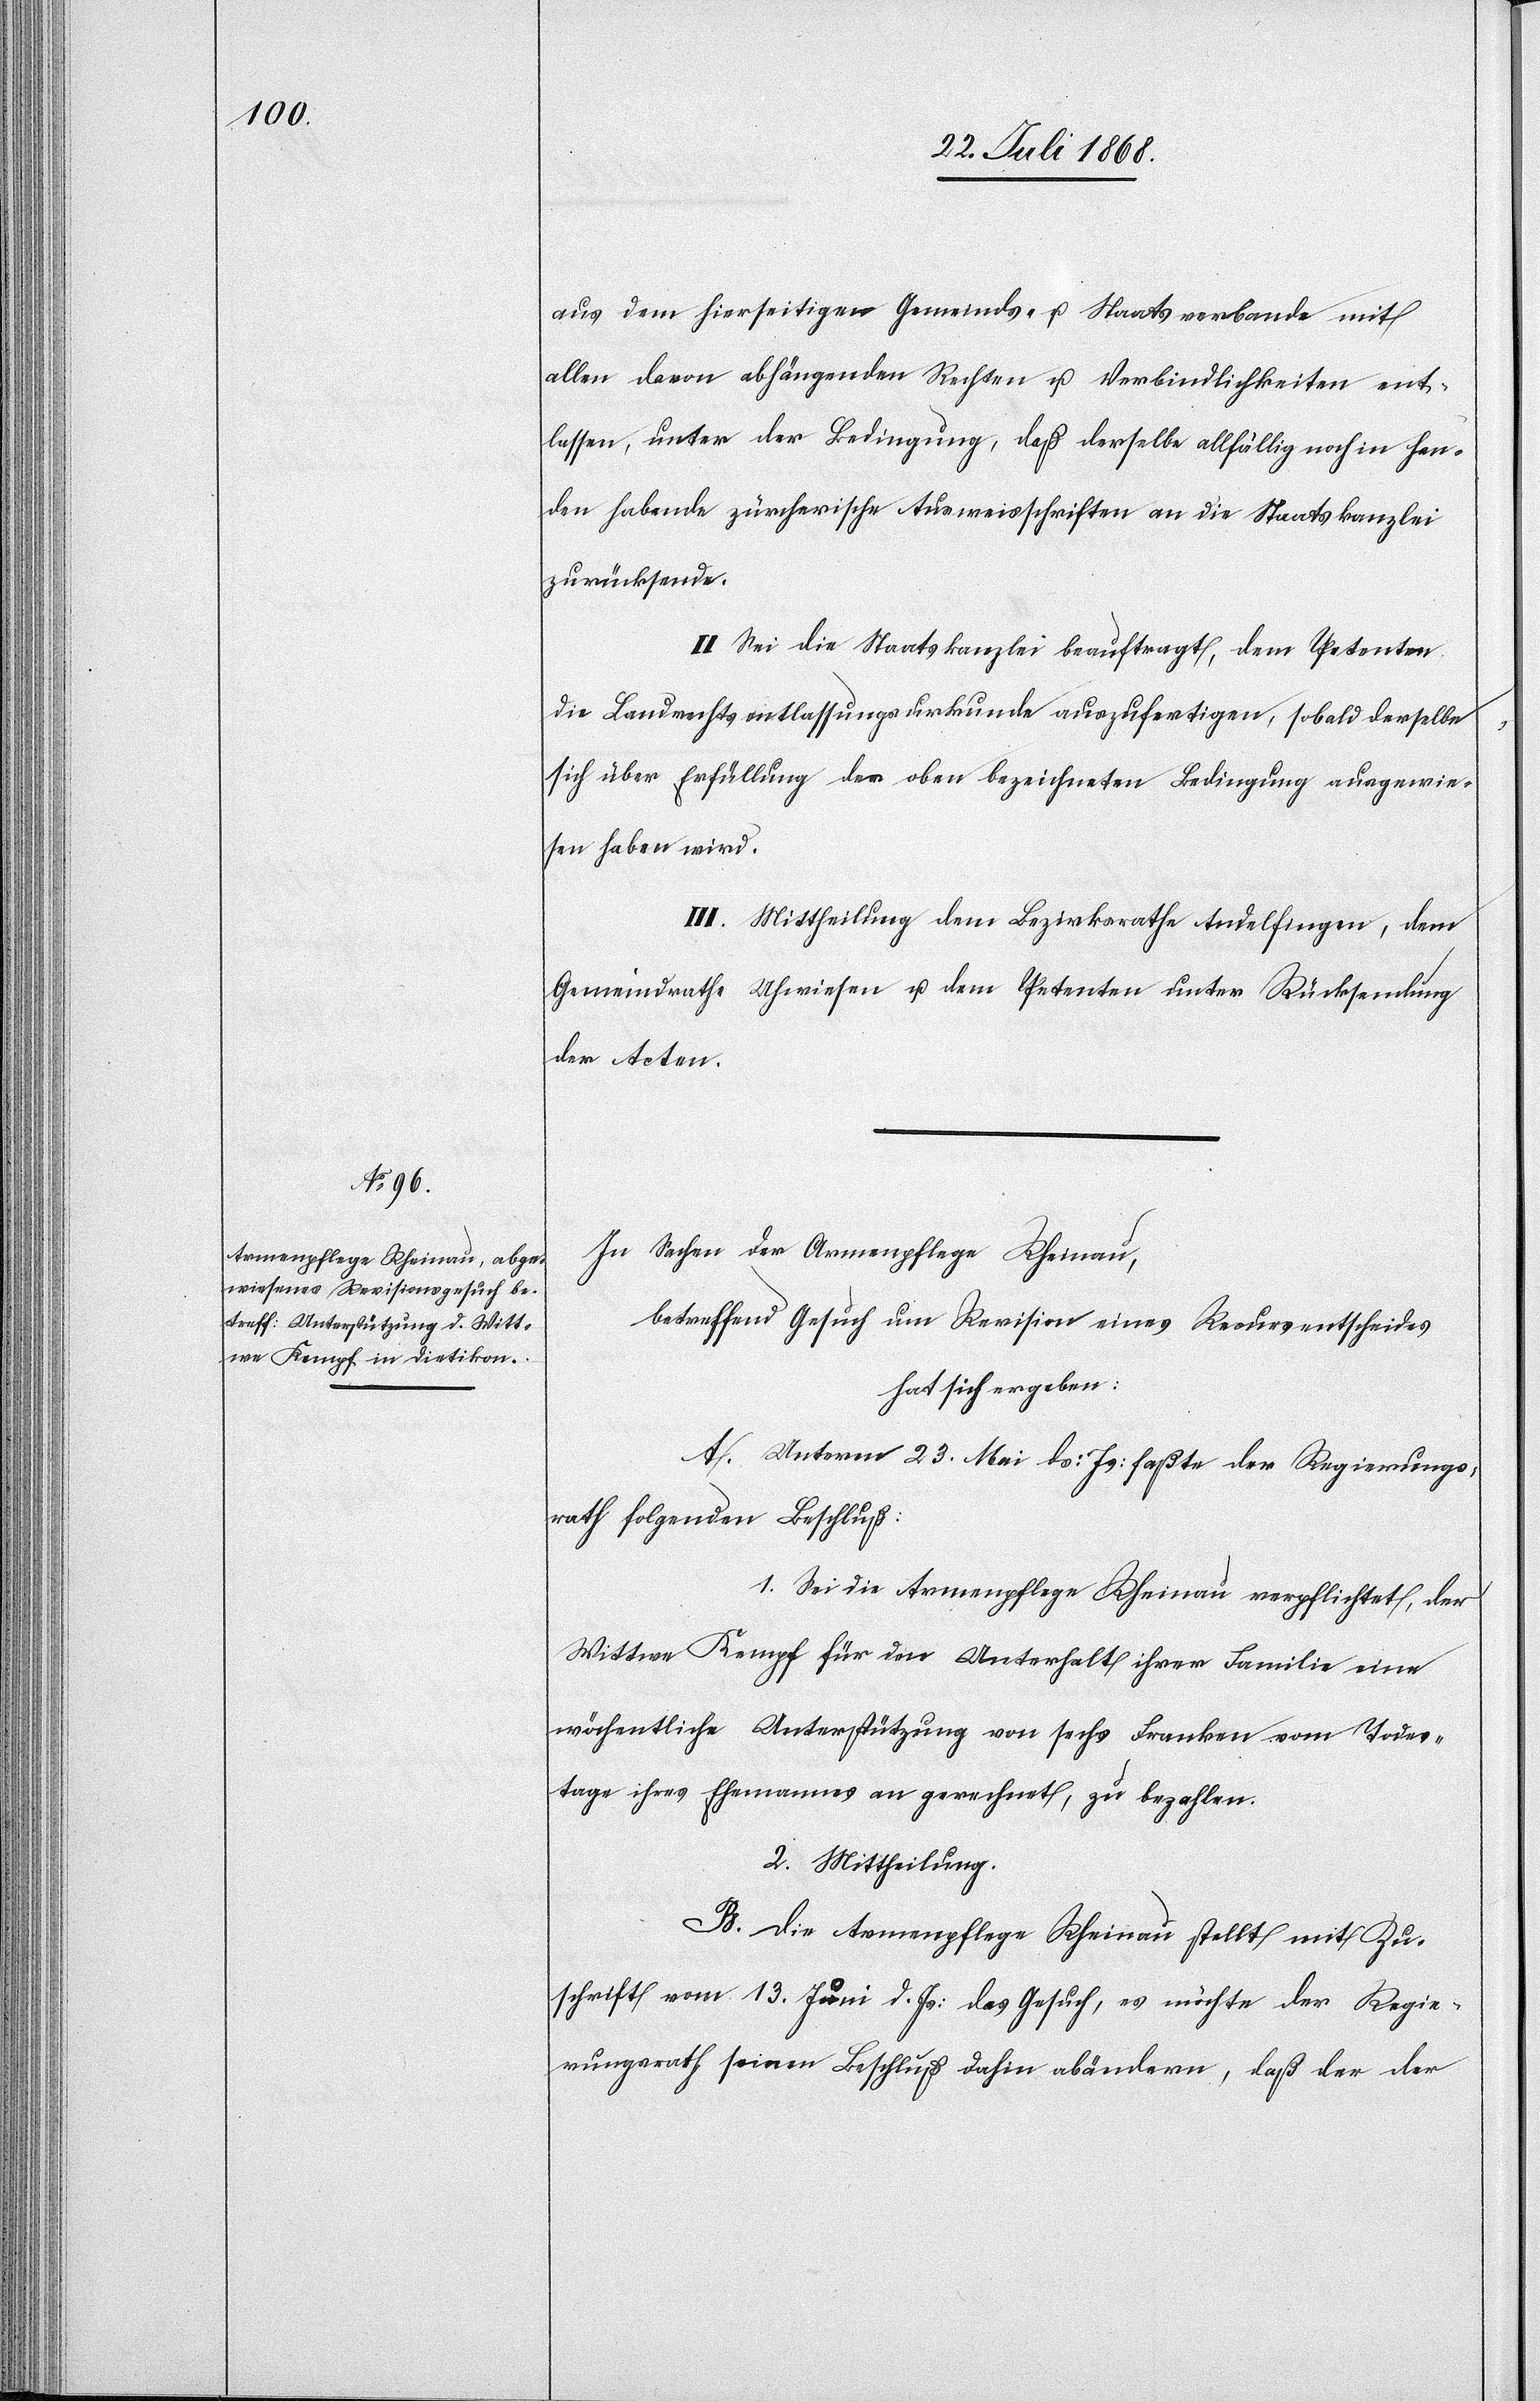
aus dem hierseitigen Gemeinds- u. Staatsverbande mit
allen davon abhängenden Rechten u. Verbindlichkeiten ent¬
lassen, unter der Bedingung, daß derselbe allfällig noch in Han¬
den habende zürcherische Ausweisschriften an die Staatskanzlei
zurücksende.
II. Sei die Staatskanzlei beauftragt, dem Petenten
die Landrechtsentlassungsurkunde auszufertigen, sobald derselbe
sich über Erfüllung der oben bezeichneten Bedingung ausgewie¬
sen haben wird.
III. Mittheilung dem Bezirksrathe Andelfingen, dem
Gemeindrathe Uhwiesen u. dem Petenten unter Rücksendung
der Acten.
In Sachen der Armenpflege Rheinau,
betreffend Gesuch um Revision eines Recursentscheides
hat sich ergeben:
A. Unterm 23. Mai ds: Js: faßte der Regierungs¬
rath folgenden Beschluß:
1. Sei die Armenpflege Rheinau verpflichtet, der
Wittwe Kempf für den Unterhalt ihrer Familie eine
wöchentliche Unterstützung von sechs Franken vom Todes¬
tage ihres Ehemannes an gerechnet, zu bezahlen.
2. Mittheilung.
B. Die Armenpflege Rheinau stellt mit Zu¬
schrift vom 13. Juni d. Js: das Gesuch, es möchte der Regie¬
rungsrath seinen Beschluß dahin abändern, daß der der